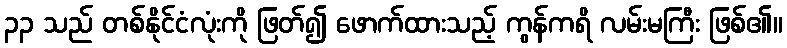
၃၃ သည် တစ်နိုင်ငံလုံးကို ဖြတ်၍ ဖောက်ထားသည့် ကွန်ကရိ လမ်းမကြီး ဖြစ်၏။